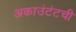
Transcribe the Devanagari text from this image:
अकाउंटंटची